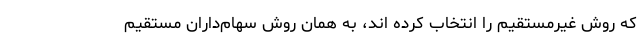
که روش غیرمستقیم را انتخاب کرده اند، به همان روش سهام‌داران مستقیم